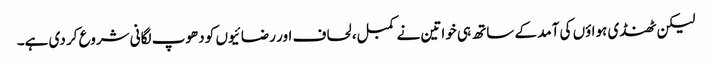
لیکن ٹھنڈی ہواؤں کی آمد کے ساتھ ہی خواتین نے کمبل، لحاف اور رضائیوں کو دھوپ لگانی شروع کر دی ہے۔